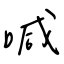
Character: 喊